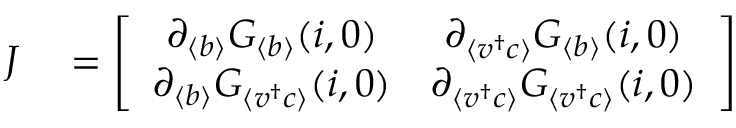
\begin{array} { r l } { J } & { { } = \left[ \begin{array} { c c } { \partial _ { \langle b \rangle } G _ { \langle b \rangle } ( { \boldsymbol { i } } , \boldsymbol { 0 } ) } & { \partial _ { \langle v ^ { \dagger } c \rangle } G _ { \langle b \rangle } ( { \boldsymbol { i } } , \boldsymbol { 0 } ) } \\ { \partial _ { \langle b \rangle } G _ { \langle v ^ { \dagger } c \rangle } ( { \boldsymbol { i } } , \boldsymbol { 0 } ) } & { \partial _ { \langle v ^ { \dagger } c \rangle } G _ { \langle v ^ { \dagger } c \rangle } ( { \boldsymbol { i } } , \boldsymbol { 0 } ) } \end{array} \right] } \end{array}